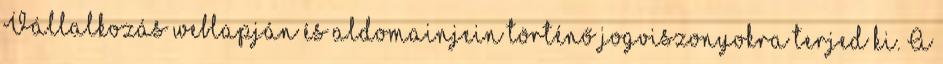
Vállalkozás weblapján és aldomainjein történő jogviszonyokra terjed ki. A